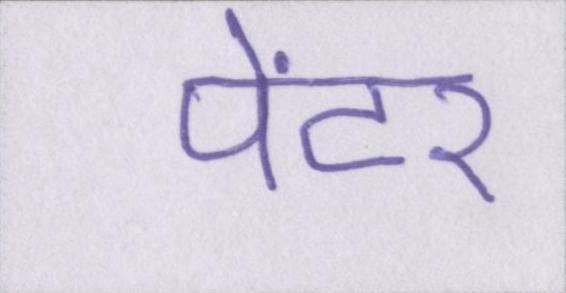
पेंटर